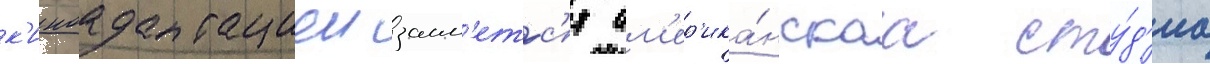
к'иноадаптациеи заим'етс'я ам'ер'ика́нскаа сту́д'иа